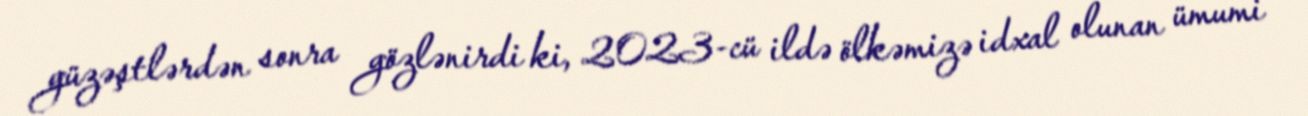
güzəştlərdən sonra gözlənirdi ki, 2023-cü ildə ölkəmizə idxal olunan ümumi